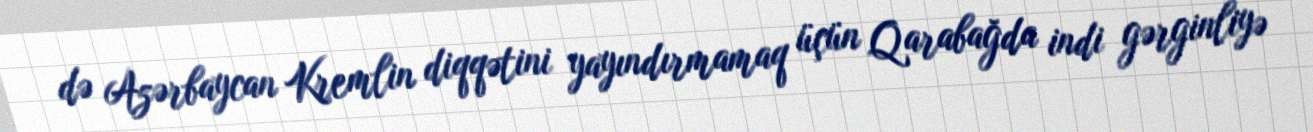
də Azərbaycan Kremlin diqqətini yayındırmamaq üçün Qarabağda indi gərginliyə